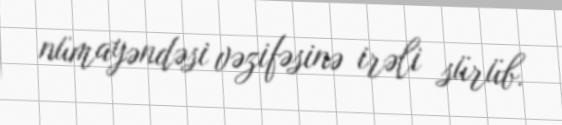
nümayəndəsi vəzifəsinə irəli sürüb.